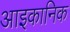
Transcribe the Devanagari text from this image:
आइकानिक